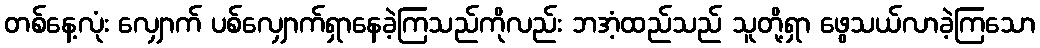
တစ်နေ့လုံး လျှောက် ပစ်လျှောက်ရှာနေခဲ့ကြသည်ကိုလည်း ဘအံ့ထည်သည် သူတို့ရှာ ဖွေသယ်လာခဲ့ကြသော